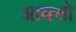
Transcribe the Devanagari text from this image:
आयसो